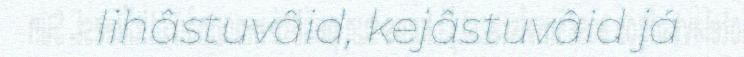
lihâstuvâid, kejâstuvâid já